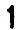
1